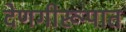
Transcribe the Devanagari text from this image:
देणगीरूपात